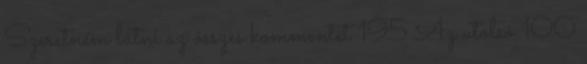
Szeretném látni az összes kommentet 195 Az utolsó 100